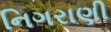
નિગરાણી